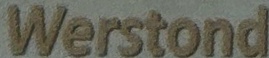
Werstond